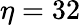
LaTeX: \eta=32